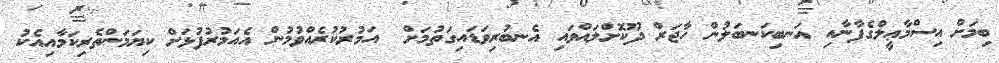
ބިމަށް އިސްމާޢީލްގެފާނާއި އަނބިކަނބަލުން ހާޖަރް ދޫކޮށްލައްވައި އެނބުރިވަޑައިގަތުމަށް  އަމުރުކުރެއްވުމުން އެއަމުރުފުޅަށް ކިޔަމަންތެރިކަމާއިއެކު